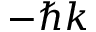
- \hbar k